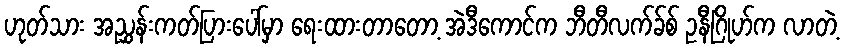
ဟုတ်သား အညွှန်းကတ်ပြားပေါ်မှာ ရေးထားတာတော့ အဲဒီကောင်က ဘီတီလက်ခ်စ် ဥနီဂြိုဟ်က လာတဲ့